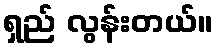
ရှည် လွန်းတယ်။